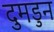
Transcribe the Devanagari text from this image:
दुमडुन